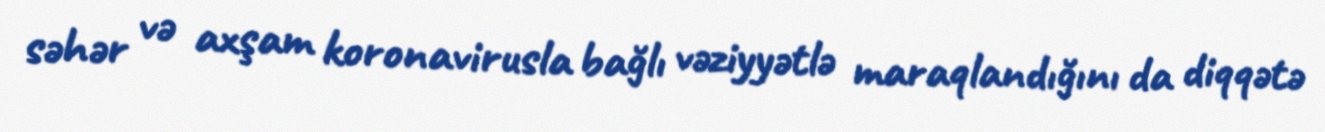
səhər və axşam koronavirusla bağlı vəziyyətlə maraqlandığını da diqqətə